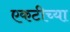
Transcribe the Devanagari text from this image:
एकटीच्या